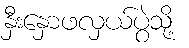
နှီးနှောဖလှယ်ပွဲသို့